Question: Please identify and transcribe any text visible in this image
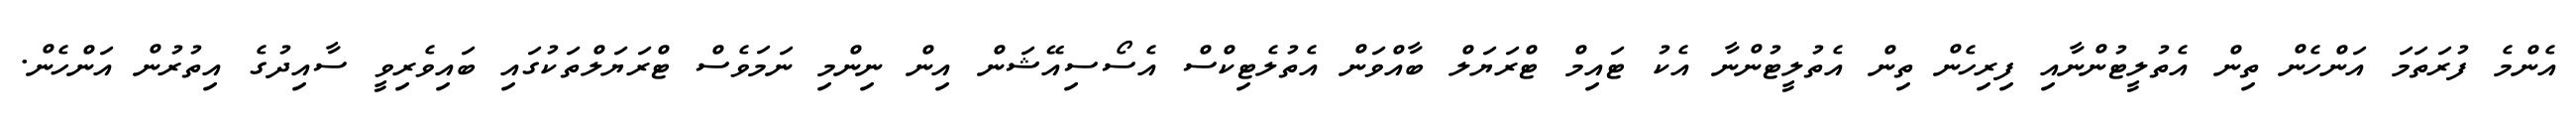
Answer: އެންމެ ފުރަތަމަ އަންހެން ތިން އެތުލީޓުންނާއި ފިރިހެން ތިން އެތުލީޓުންނާ އެކު ޓައިމް ޓްރަޔަލް ބާއްވަން އެތުލެޓިކްސް އެސޯސިއޭޝަން އިން ނިންމި ނަމަވެސް ޓްރަޔަލްތަކުގައި ބައިވެރިވީ ސާއިދުގެ އިތުރުން އަންހެން.